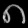
Digit: ၈